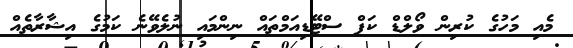
މެއި މަހުގެ ކުރިން ވޯލްޑް ކަޕް ސްޓޭޑިއަމްތައް ނިންމައި ނުލެވޭނެ ކަމުގެ އިޝާރާތެއް